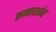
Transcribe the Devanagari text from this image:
तमाशांत